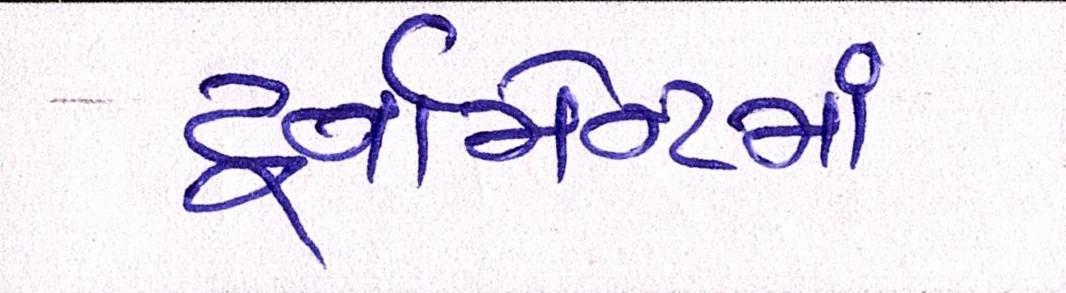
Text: ટૂર્નામેન્ટમાં